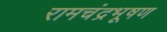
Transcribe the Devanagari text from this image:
रामचंद्रभूषण